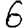
Digit: 6